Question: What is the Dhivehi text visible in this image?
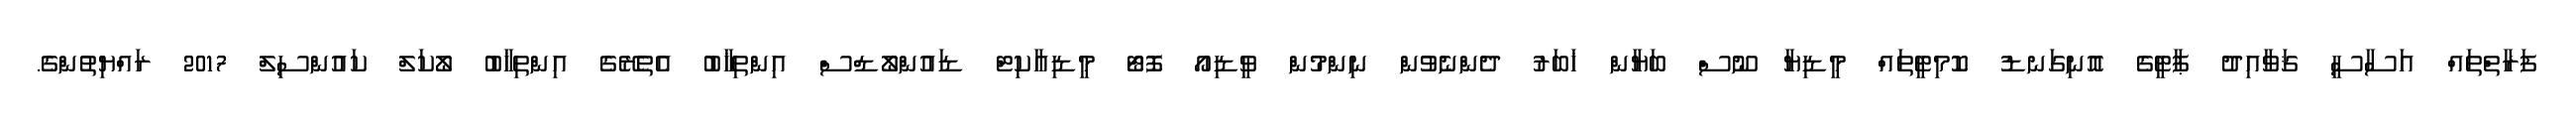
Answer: ފަރާތްތައް އަސާސީ ޤަވާއިދު ޕާޓީގެ އޮނިގަނޑު ކޮމިޓީތައް މީޑިޔާ ނޫސް ބަޔާން ޚަބަރު ދެންނެވުން ނިންމުން ވީޑިއޯ ފޮޓޯ މީޑިއާކިޓް ޑައުންލޯޑްސް އިންތިޚާބު އެތެރޭގެ އިންތިޚާބު ލޯކަލް ކައުންސިލް 2017 ރައްޔިތުންގެ.